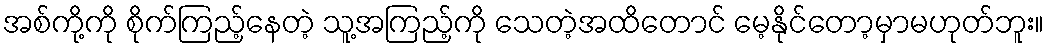
အစ်ကို့ကို စိုက်ကြည့်နေတဲ့ သူ့အကြည့်ကို သေတဲ့အထိတောင် မေ့နိုင်တော့မှာမဟုတ်ဘူး။